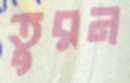
তুরন